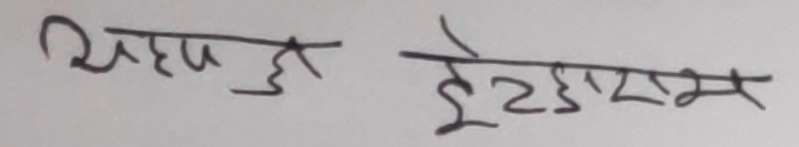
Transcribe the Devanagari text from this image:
सिएम हु इट्इराम